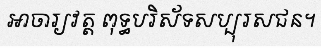
អាចារ្យវត្ត ពុទ្ធបរិស័ទសប្បុរសជន។